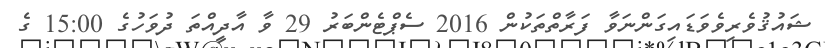
ޝައުޤުވެރިވެވަޑައިގަންނަވާ ފަރާތްތަކުން 2016 ސެޕްޓެންބަރު 29 ވާ އާދީއްތަ ދުވަހުގެ 15:00 ގެ